Lunatic asylums United Provinces 1899-1908 - 1899-1908
Year: 1899
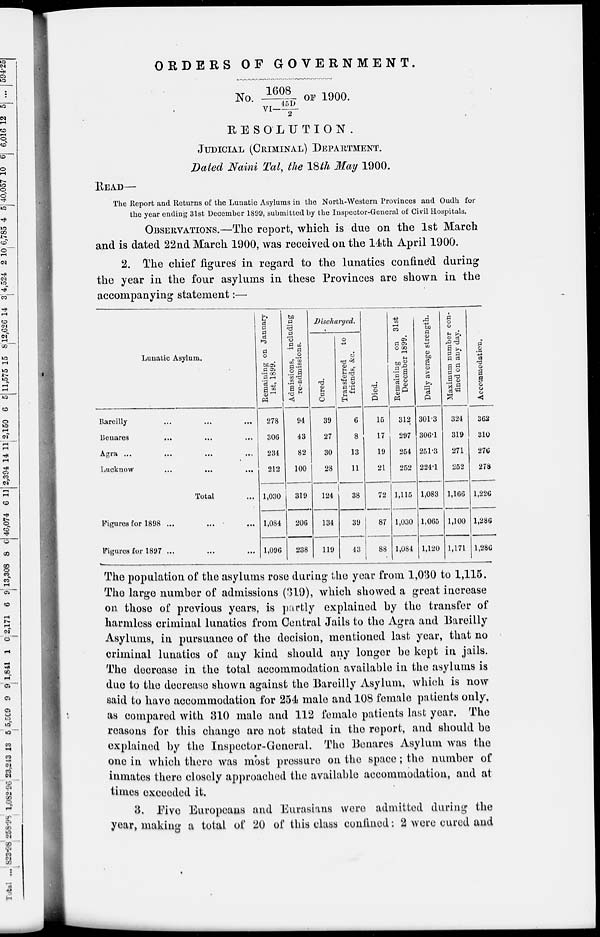
ORDERS OF
GOVERNMENT.
No.1608/VI- 45D/2 OF 1900.
RESOLUTION.
JUDICIAL (CRIMINAL) DEPARTMENT.
Dated Naini Tal, the 18th May 1900.
READ—
The Report and Returns of the Lunatic Asylums in the North-Western Provinces and Oudh for
the year ending 31st December 1899, submitted by the Inspector-General of Civil Hospitals.
OBSERVATIONS.—The report, which is due on the 1st March
and is dated 22nd March 1900, was received on the 14th April 1900.
2. The chief figures in regard to the lunatics confined during
the year in the four asylums in these Provinces are shown in the
accompanying statement:—
Lunatic Asylum.
Bareilly ... ... ...
Benares ... ... ...
Agra ... ... ... ...
Lucknow
...
...
...
Total ...
Figures for 1898 ... ... ...
Figures for 1897 ... ... ...
Remaining on January
1st, 1899.
278
306
234
212
1,030
1,084
1,096
Admissions, including
re-admissions.
94
43
82
100
319
206
238
Discharged.
Cured.
39
27
30
28
124
134
119
Transferred
to
friends, & c.
6
8
13
11
38
39
43
Died.
15
17
19
21
72
87
88
Remaining on 31st
December 1899.
312
297
254
252
1,115
1,030
1,084
Daily average strength.
301.3
306.1
251.3
224.1
1,083
1,065
1,120
Maximum number con-
fined on any day.
324
319
271
252
1,166
1,100
1,171
Accommodation.
362
310
276
278
1,226
1,286
1,286
The population of the asylums rose during the year from 1,030 to 1,115.
The large number of admissions (319), which showed a great increase
on those of previous years, is partly explained by the transfer of
harmless criminal lunatics from Central Jails to the Agra and Bareilly
Asylums, in pursuance of the decision, mentioned last year, that no
criminal lunatics of any kind should any longer be kept in jails.
The decrease in the total accommodation available in the asylums is
due to the decrease shown against the Bareilly Asylum, which is now
said to have accommodation for 254 male and 108 female patients only,
as compared with 310 male and 112 female patients last year. The
reasons for this change are not stated in the report, and should be
explained by the Inspector-General. The Benares Asylum was the
one in which there was most pressure on the space ; the number of
inmates there closely approached the available accommodation, and at
times exceeded it.
3. Five Europeans and Eurasians were admitted during the
year, making a total of 20 of this class confined : 2 were cured and